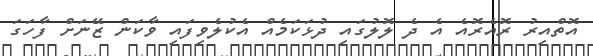
އޮތްއިރު ރޮއެރޮއެ އެ ދެ ލޮލުގައި ދުޅަކަމެއް އެކުލެވިފައި ވާކަން ޒޭނަށް ފާހަގަ